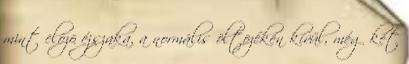
mint elõzõ éjszaka, a normális öltözékén kívül, még két